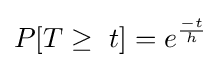
P[T\geq \ t]=e^{\frac {-t}{h}}